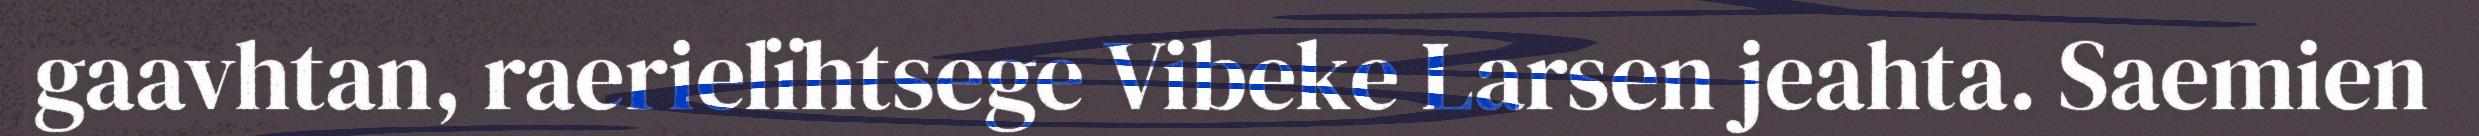
gaavhtan, raerielïhtsege Vibeke Larsen jeahta. Saemien